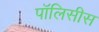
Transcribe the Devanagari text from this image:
पॉलिसीस